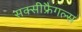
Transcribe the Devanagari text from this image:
सक्सीफ्रैगल्स